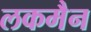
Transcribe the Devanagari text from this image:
लकमैन